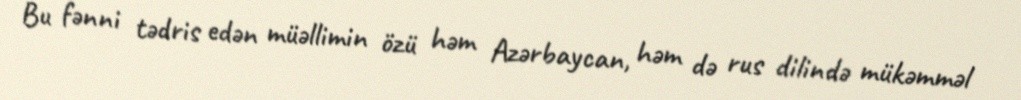
Bu fənni tədris edən müəllimin özü həm Azərbaycan, həm də rus dilində mükəmməl